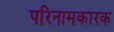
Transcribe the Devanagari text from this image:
परिनामकारक